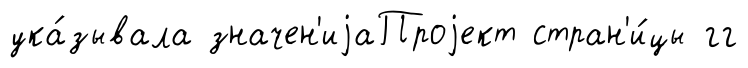
ука́зывала значен'иjаПроjект стран'и́цы гг